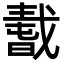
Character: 𢧸